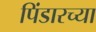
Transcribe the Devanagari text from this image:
पिंडारच्या